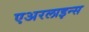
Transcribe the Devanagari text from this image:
एअरलाइन्‍स